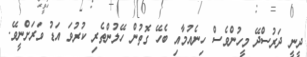
ދީނީ ދަރުސްދޭ މީހުންވެސް ހިނެއުމާއި ބެހޭ ގޮތުން ހޭލުންތެރި ކުރުވަ އަޑު ވަރަށްނީވޭ.